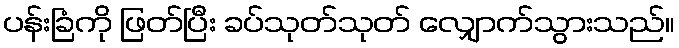
ပန်းခြံကို ဖြတ်ပြီး ခပ်သုတ်သုတ် လျှောက်သွားသည်။